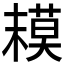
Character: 𱤒